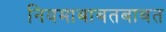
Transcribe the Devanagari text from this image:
नियमाबाबतबाबत